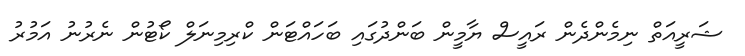
ޝަރީއަތް ނިމެންދެން ރައީސް ޔާމީން ބަންދުގައި ބަހައްޓަން ކްރިމިނަލް ކޯޓުން ނެރުނު އަމުރު